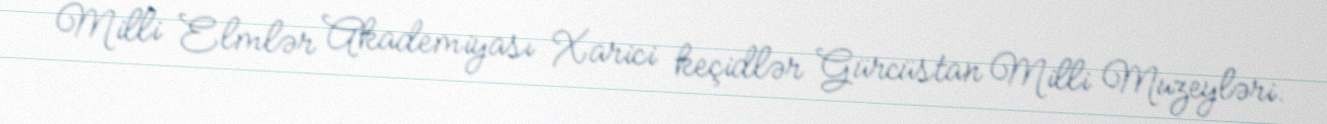
Milli Elmlər Akademiyası Xarici keçidlər Gürcüstan Milli Muzeyləri.